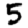
Digit: 5